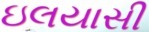
ઇલયાસી